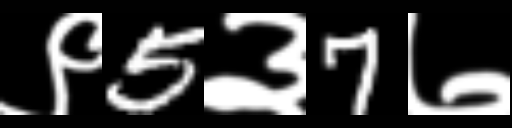
Text: ९5३7७